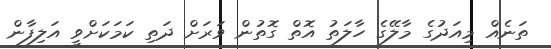
ތަނެއް މިއަދުގެ މާލޭގެ ހާލަތު އޮތް ގޮތުން ވަރަށް ދަތި ކަމަކަށްވީ އަލިފާން